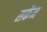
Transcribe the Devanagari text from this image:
सकेंन